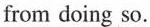
from doing so.